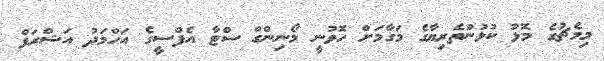
މިމެޗުގެ މޮޅު ކުޅުންތެރިޔާގެ މަގާމަށް ހޮވުނީ މޯނިންގް ސްޓާ އެފްސީގެ އަހްމަދު އަޝްރަފް